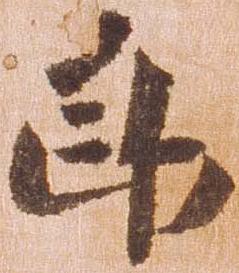
郎